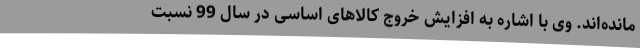
مانده‌اند. وی با اشاره به افزایش خروج کالاهای اساسی در سال 99 نسبت